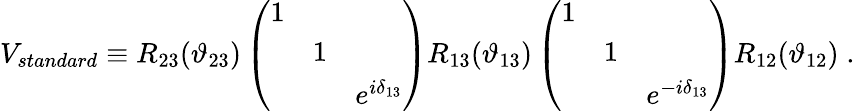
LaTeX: V_{standard}\equiv R_{23}(\vartheta_{23})\left(\begin{array}{lll}{{1}}&{{}}&{{}}\\ {{}}&{{1}}&{{}}\\ {{}}&{{}}&{{e^{i\delta_{13}}}}\end{array}\right)R_{13}(\vartheta_{13})\left(\begin{array}{lll}{{1}}&{{}}&{{}}\\ {{}}&{{1}}&{{}}\\ {{}}&{{}}&{{e^{-i\delta_{13}}}}\end{array}\right)R_{12}(\vartheta_{12})\; .